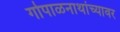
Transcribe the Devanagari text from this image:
गोपाळनाथांच्यावर